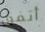
أتفق